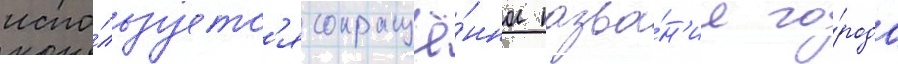
испо́льзуетс'я сокращё́нное назва́н'ие го́рода